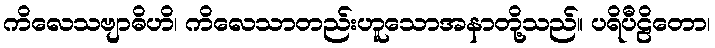
ကိလေသဗျာဓိဟိ၊ ကိလေသာတည်းဟူသောအနာတို့သည်။ ပရိပီဠိတော၊